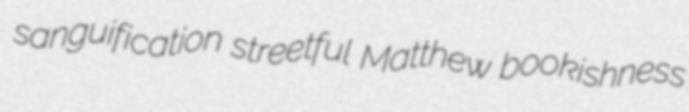
sanguification streetful Matthew bookishness